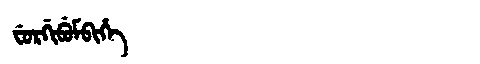
Manchu: ᠸᡠᡵᡤᡳᠪᡠᠮᠪᡳᡥᡝ
Romanization: FURGIBUMBIHE